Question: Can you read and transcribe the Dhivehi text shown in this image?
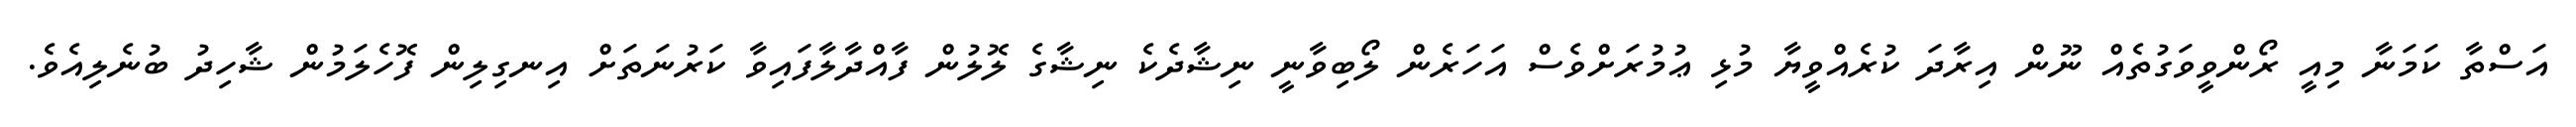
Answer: އަސްތާ ކަމަނާ މިއީ ރޯންވީވަގުތެއް ނޫން އިރާދަ ކުރެއްވީޔާ މުޅި ޢުމުރަށްވެސް އަހަރެން ލޯބިވާނީ ނިޝާދެކެ ނިޝާގެ ލޮލުން ފާއްދާލާފައިވާ ކަރުނަތަށް އިނގިލިން ފޮހެލަމުން ޝާހިދު ބުނެލިއެވެ.